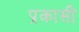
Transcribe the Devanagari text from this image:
प्रकासी